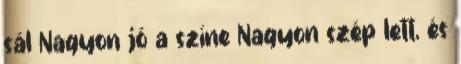
sál Nagyon jó a színe Nagyon szép lett, és